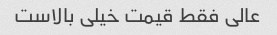
عالی فقط قیمت خیلی بالاست